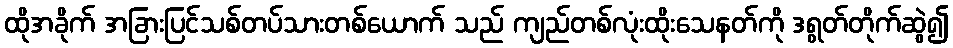
ထိုအခိုက် အခြားပြင်သစ်တပ်သားတစ်ယောက် သည် ကျည်တစ်လုံးထိုးသေနတ်ကို ဒရွတ်တိုက်ဆွဲ၍